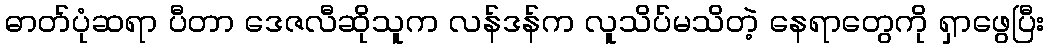
ဓာတ်ပုံဆရာ ပီတာ ဒေဇလီဆိုသူက လန်ဒန်က လူသိပ်မသိတဲ့ နေရာတွေကို ရှာဖွေပြီး